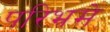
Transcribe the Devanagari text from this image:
परिभ्रमे